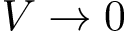
V \rightarrow 0